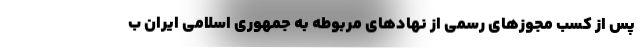
پس از کسب مجوزهای رسمی از نهادهای مربوطه به جمهوری اسلامی ایران ب